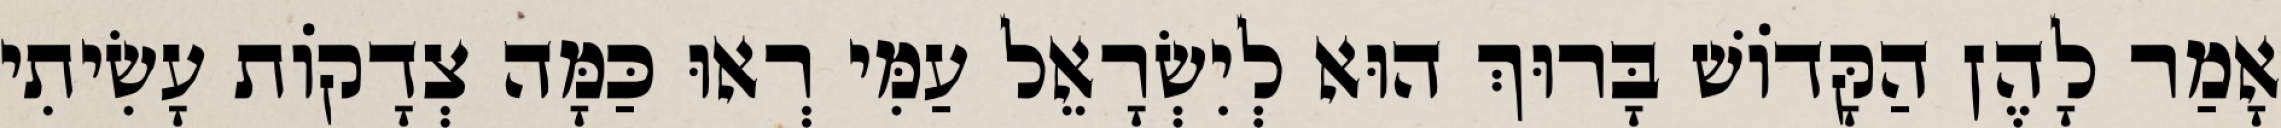
אָמַר לָהֶן הַקָּדוֹשׁ בָּרוּךְ הוּא לְיִשְׂרָאֵל עַמִּי רְאוּ כַּמָּה צְדָקוֹת עָשִׂיתִי